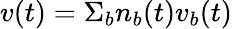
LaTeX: v(t)=\Sigma_{b}n_{b}(t)v_{b}(t)